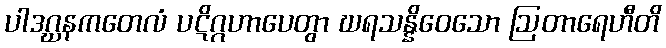
ပါဒဂ္ဃနကတေလံ ပဋိဂ္ဂဟာပေတွာ ဃရသန္နိဝေသော ဩတာရေဟီတိ